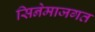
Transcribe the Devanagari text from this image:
सिनेमाजगत